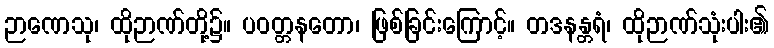
ဉာဏေသု၊ ထိုဉာဏ်တို့၌။ ပဝတ္တနတော၊ ဖြစ်ခြင်းကြောင့်။ တဒနန္တရံ၊ ထိုဉာဏ်သုံးပါး၏